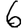
Digit: 6